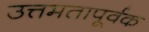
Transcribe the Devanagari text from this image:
उत्तमतापूर्वक